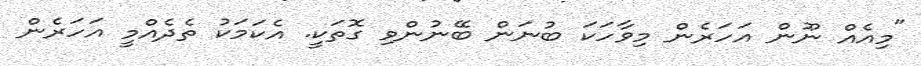
"މިއެއް ނޫން އަހަރެން މިވާހަކަ ބުނަން ބޭނުންވި ގޮތަކީ. އެކަމަކު ތެދެއްމީ އަހަރެން